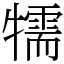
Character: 㹘